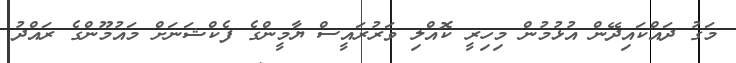
މަގު ދައްކައިދޭން އުޅުމުން މިހިރީ ކޮއްލި ވަރުރައީސް ޔާމީންގެ ފެކްޝަނަށް މައުމޫންގެ ރައްދު